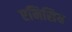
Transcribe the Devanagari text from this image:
एनिसिय